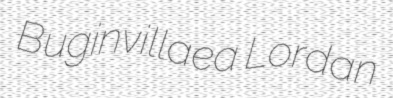
Buginvillaea Lordan